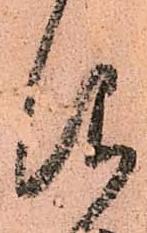
仰